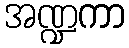
အဏ္ဍကာ